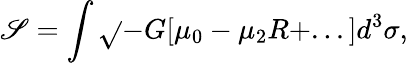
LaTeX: {\cal\mathscr{S}}=\int\sqrt{}{{-G}}[\mu_{0}-\mu_{2}R+...]d^{3}\sigma,